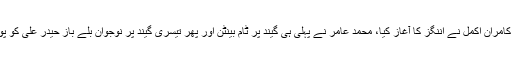
ٹام بینٹن اور کامران اکمل نے اننگز کا آغاز کیا، محمد عامر نے پہلی ہی گیند پر ٹام بینٹن اور پھر تیسری گیند پر نوجوان بلے باز حیدر علی کو پویلین بھیج دیا۔